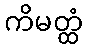
ကိမတ္ထံ